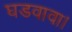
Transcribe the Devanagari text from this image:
घडवावा।